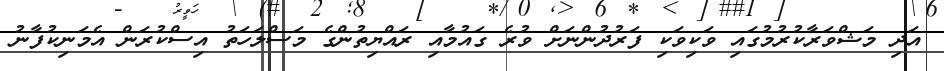
އަދިި މަޝްވަރާކުރުމުގައި ވަކިވަކި ފަރުދުންނަށް ވުރެ ގައުމާއި ރައްޔިތުންގެ މަސްލަހަތު އިސްކުރަން އެމަނިކުފާނު